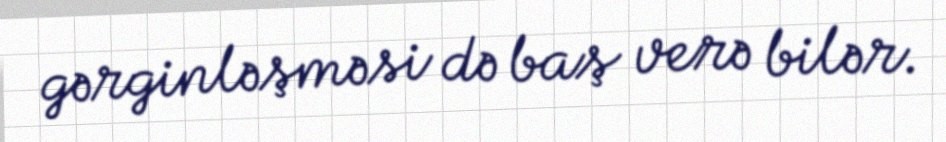
gərginləşməsi də baş verə bilər.